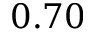
0 . 7 0